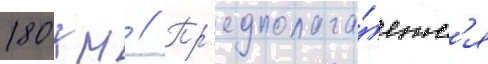
180 км // Пр'едполага́етс'я